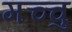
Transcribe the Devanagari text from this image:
मच्चु